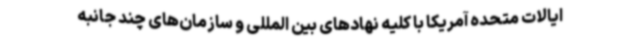
ایالات متحده آمریکا با کلیه نهادهای بین المللی و سازمان‌های چند جانبه